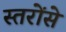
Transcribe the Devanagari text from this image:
स्तरोंसे